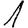
Digit: 1